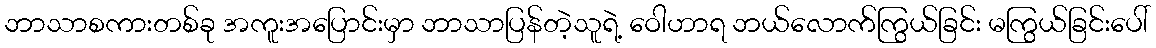
ဘာသာစကားတစ်ခု အကူးအပြောင်းမှာ ဘာသာပြန်တဲ့သူရဲ့ ဝေါဟာရ ဘယ်လောက်ကြွယ်ခြင်း မကြွယ်ခြင်းပေါ်